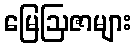
မြေဩဇာများ